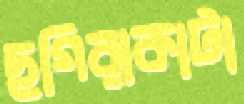
ছগিরাকাটা